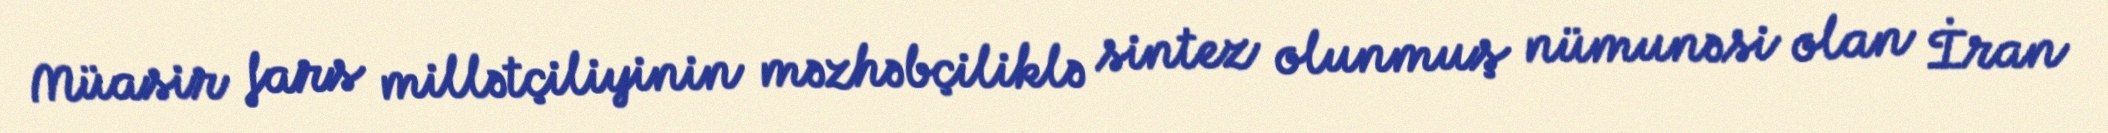
Müasir fars millətçiliyinin məzhəbçiliklə sintez olunmuş nümunəsi olan İran